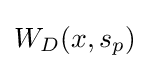
W_{D}(x,s_{p})